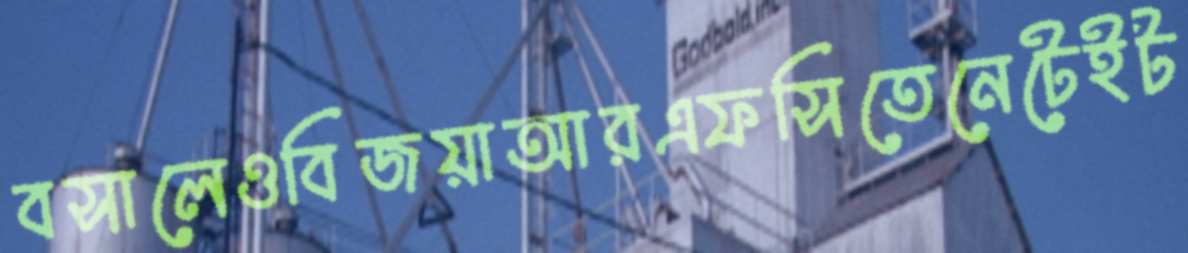
বসালেওবিজয়াআরএফসিতেনেটেইট